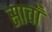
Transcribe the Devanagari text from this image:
साचाँ